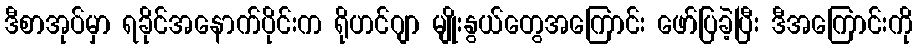
ဒီစာအုပ်မှာ ရခိုင်အနောက်ပိုင်းက ရိုဟင်ဂျာ မျိုးနွယ်တွေအကြောင်း ဖော်ပြခဲ့ပြီး ဒီအကြောင်းကို